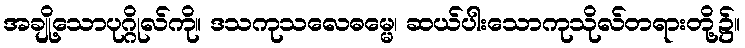
အချို့သောပုဂ္ဂိုလ်ကို။ ဒသကုသလေဓမ္မေ၊ ဆယ်ပါးသောကုသိုလ်တရားတို့၌။